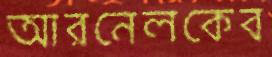
আরনেলকেব